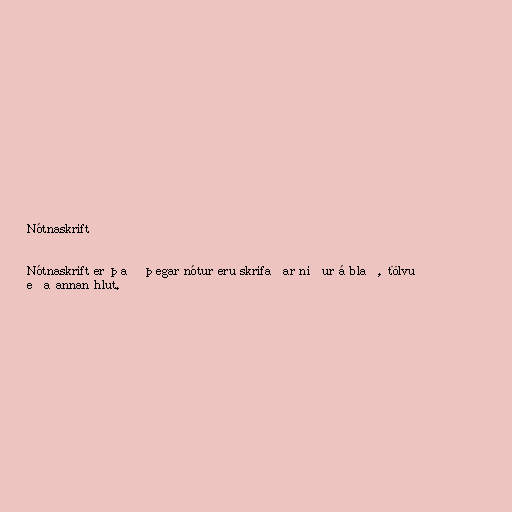
Nótnaskrift

Nótnaskrift er það þegar nótur eru skrifaðar niður á blað, tölvu
eða annan hlut.